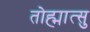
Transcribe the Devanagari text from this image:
तोह्मात्सु